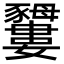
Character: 𧲕